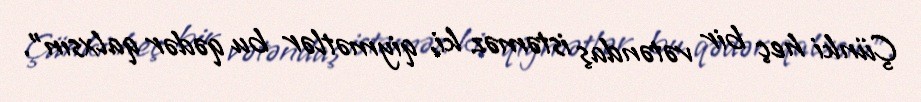
Çünki heç bir vətəndaş istəməz ki, qiymətlər bu qədər qalxsın”.